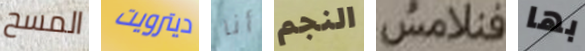
المسح ديترويت أنا النجم فنلامس بها